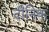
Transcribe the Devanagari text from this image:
दीनिक